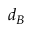
d _ { B }